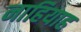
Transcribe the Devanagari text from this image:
नाहियाह